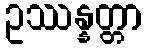
ဥဿန္နတ္တာ